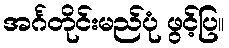
အင်္ဂတိုင်းမည်ပုံ ဖွင့်ပြ။